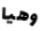
وهيا